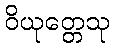
ဝိယုတ္တေသု